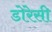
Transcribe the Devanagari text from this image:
डोरेसी